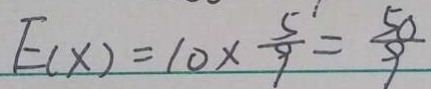
E _ { ( x ) } = 1 0 \times \frac { 5 } { 9 } = \frac { 5 0 } { 9 }